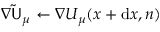
\nabla \mathsf { \tilde { U } } _ { \mu } \gets \nabla U _ { \mu } ( { \boldsymbol { x } } + \mathrm { d } { \boldsymbol { x } } , n )